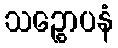
သဉ္စောပနံ